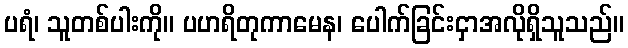
ပရံ၊ သူတစ်ပါးကို။ ပဟရိတုကာမေန၊ ပေါက်ခြင်းငှာအလိုရှိသူသည်။